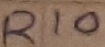
Text: R10